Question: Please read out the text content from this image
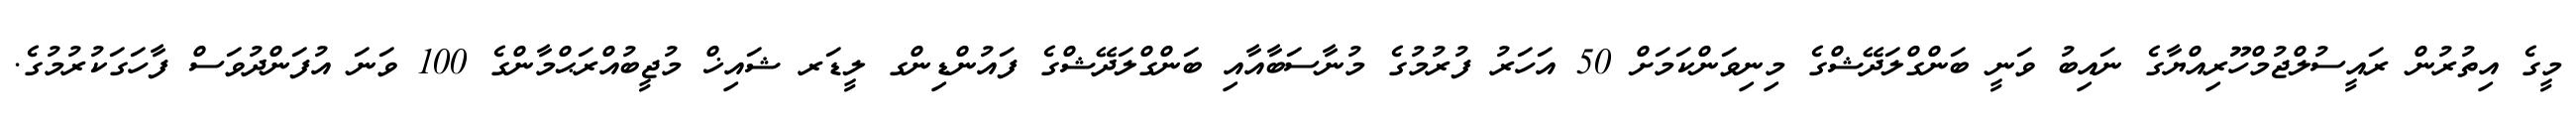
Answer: މީގެ އިތުރުން ރައީސުލްޖުމްހޫރިއްޔާގެ ނައިބު ވަނީ ބަންގްލަދޭޝްގެ މިނިވަންކަމަށް 50 އަހަރު ފުރުމުގެ މުނާސަބާއާއި ބަންގްލަދޭޝްގެ ފައުންޑިންގ ލީޑަރ ޝައިޚް މުޖީބުއްރަޙްމާންގެ 100 ވަނަ އުފަންދުވަސް ފާހަގަކުރުމުގެ.